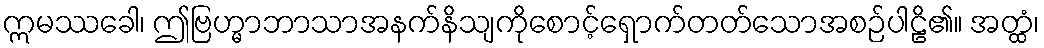
ဣမဿခေါ၊ ဤဗြဟ္မာဘာသာအနက်နိသျကိုစောင့်ရှောက်တတ်သောအစဉ်ပါဠိ၏။ အတ္ထံ၊